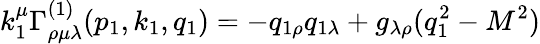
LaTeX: k_{1}^{\mu}\Gamma_{\rho\mu\lambda}^{(1)}(p_{1},k_{1},q_{1})=-q_{1\rho}q_{1\lambda}+g_{\lambda\rho}(q_{1}^{2}-M^{2})